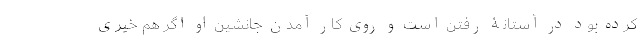
کرده بود در آستانۀ رفتن است و روی کار آمدن جانشین او اگر هم خیری